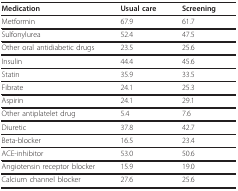
<table><thead><tr><td><b>Medication</b></td><td><b>Usual care</b></td><td><b>Screening</b></td></tr></thead><tbody><tr><td>Metformin</td><td>67.9</td><td>61.7</td></tr><tr><td>Sulfonylurea</td><td>52.4</td><td>47.5</td></tr><tr><td>Other oral antidiabetic drugs</td><td>23.5</td><td>25.6</td></tr><tr><td>Insulin</td><td>44.4</td><td>45.6</td></tr><tr><td>Statin</td><td>35.9</td><td>33.5</td></tr><tr><td>Fibrate</td><td>24.1</td><td>25.3</td></tr><tr><td>Aspirin</td><td>24.1</td><td>29.1</td></tr><tr><td>Other antiplatelet drug</td><td>5.4</td><td>7.6</td></tr><tr><td>Diuretic</td><td>37.8</td><td>42.7</td></tr><tr><td>Beta-blocker</td><td>16.5</td><td>23.4</td></tr><tr><td>ACE-inhibitor</td><td>53.0</td><td>50.6</td></tr><tr><td>Angiotensin receptor blocker</td><td>15.9</td><td>19.0</td></tr><tr><td>Calcium channel blocker</td><td>27.6</td><td>25.6</td></tr></tbody></table>